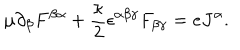
\mu \partial _ { \beta } F ^ { \beta \alpha } + \frac { \kappa } { 2 } \epsilon ^ { \alpha \beta \gamma } F _ { \beta \gamma } = e J ^ { \alpha } .